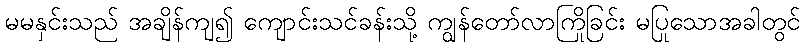
မမနှင်းသည် အချိန်ကျ၍ ကျောင်းသင်ခန်းသို့ ကျွန်တော်လာကြိုခြင်း မပြုသောအခါတွင်